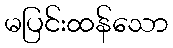
မပြင်းထန်သော